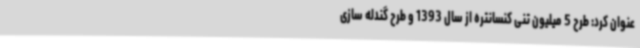
عنوان کرد: طرح 5 میلیون تنی کنسانتره از سال 1393 و طرح گندله سازی